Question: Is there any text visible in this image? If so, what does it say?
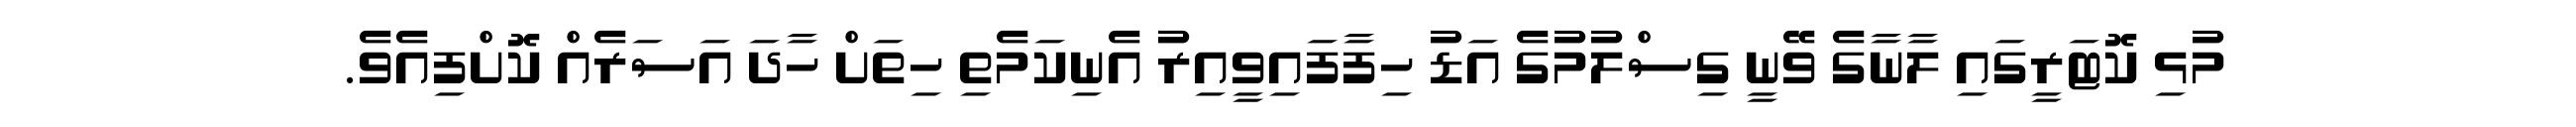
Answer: މުޅި ކޮޓަރީގައި ލާނާގެ ވޭނީ ގިސްލުމުގެ އަޑު ހިފާފައިވީއިރު އެނިކަމެތި ހިތަށް ހާދަ އަސަރެއް ކޮށްފިއެވެ.